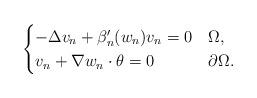
LaTeX: \begin{align*}\begin{cases}-\Delta v_n + \beta_n' (w_n) v_n = 0 & \Omega, \\v_n + \nabla w_n \cdot \theta = 0 & \partial \Omega. \end{cases}\end{align*}